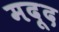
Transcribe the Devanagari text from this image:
मदूद